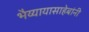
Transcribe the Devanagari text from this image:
भैय्यायासाहेबांनी